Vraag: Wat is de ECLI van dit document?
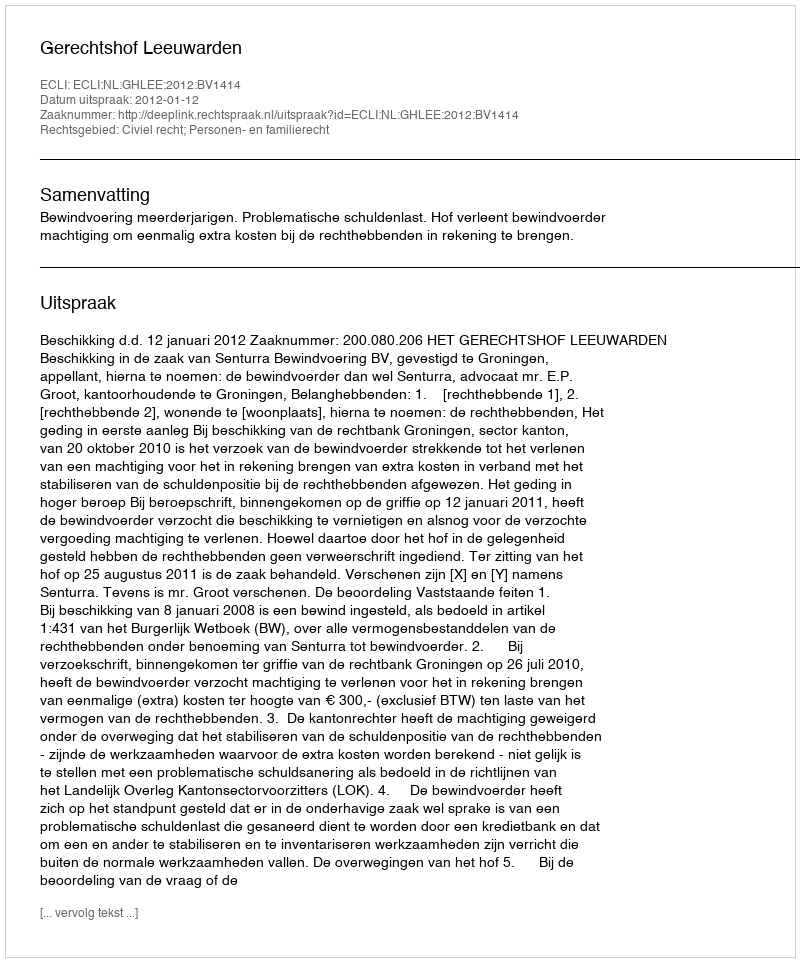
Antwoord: ECLI:NL:GHLEE:2012:BV1414